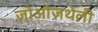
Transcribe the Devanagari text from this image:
ज़ोओज़थेली